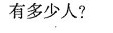
有多少人?